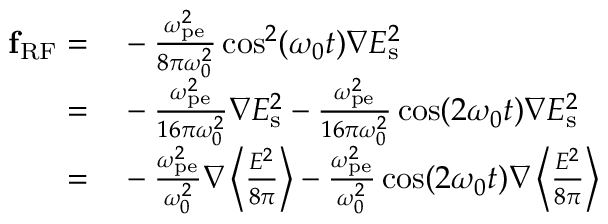
\begin{array} { r l } { \mathbf { f } _ { \mathrm { { R F } } } = } & { { } - \frac { \omega _ { \mathrm { { p e } } } ^ { 2 } } { 8 \pi \omega _ { 0 } ^ { 2 } } \cos ^ { 2 } ( \omega _ { 0 } t ) \boldsymbol \nabla { E } _ { \mathrm { s } } ^ { 2 } } \\ { = } & { { } - \frac { \omega _ { \mathrm { { p e } } } ^ { 2 } } { 1 6 \pi \omega _ { 0 } ^ { 2 } } \boldsymbol \nabla { E } _ { \mathrm { s } } ^ { 2 } - \frac { \omega _ { \mathrm { { p e } } } ^ { 2 } } { 1 6 \pi \omega _ { 0 } ^ { 2 } } \cos ( 2 \omega _ { 0 } t ) \boldsymbol \nabla { E } _ { \mathrm { s } } ^ { 2 } } \\ { = } & { { } - \frac { \omega _ { \mathrm { { p e } } } ^ { 2 } } { \omega _ { 0 } ^ { 2 } } \boldsymbol \nabla \left\langle \frac { { E } ^ { 2 } } { 8 \pi } \right\rangle - \frac { \omega _ { \mathrm { { p e } } } ^ { 2 } } { \omega _ { 0 } ^ { 2 } } \cos ( 2 \omega _ { 0 } t ) \boldsymbol \nabla \left\langle \frac { { E } ^ { 2 } } { 8 \pi } \right\rangle } \end{array}